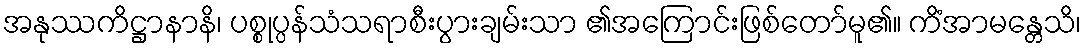
အနုဿကိဋ္ဌာနာနိ၊ ပစ္စုပ္ပန်သံသရာစီးပွားချမ်းသာ ၏အကြောင်းဖြစ်တော်မူ၏။ ကိံအာမန္တေသိ၊